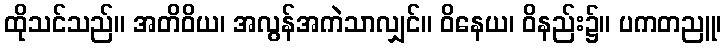
ထိုသင်သည်။ အတိဝိယ၊ အလွန်အကဲသာလျှင်။ ဝိနေယ၊ ဝိနည်း၌။ ပကတညူ၊